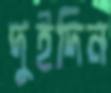
দুইদিন